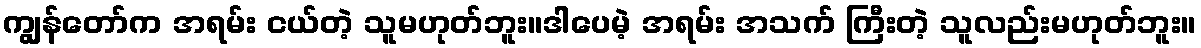
ကျွန်တော်က အရမ်း ငယ်တဲ့ သူမဟုတ်ဘူး။ဒါပေမဲ့ အရမ်း အသက် ကြီးတဲ့ သူလည်းမဟုတ်ဘူး။